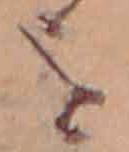
を